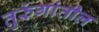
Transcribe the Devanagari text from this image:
तुरुंगांतील